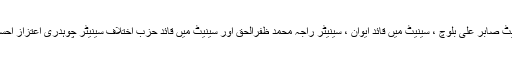
29نومبر 2014ء)چیئرمین سینیٹ سید نیئر حسین بخاری ، ڈپٹی چیئرمین سینیٹ صابر علی بلوچ ، سینیٹ میں قائد ایوان ، سینیٹر راجہ محمد ظفرالحق اور سینیٹ میں قائد حزب اختلاف سینیٹر چوہدری اعتزاز احسن نے سابق سینیٹر ڈاکٹر خالد محمود سومرو کے قتل کے شدید مذمت کی ہے۔